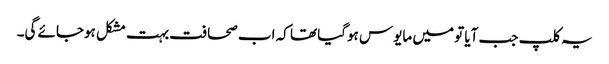
یہ کلپ جب آیا تو میں مایوس ہوگیا تھا کہ اب صحافت بہت مشکل ہوجائے گی۔